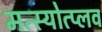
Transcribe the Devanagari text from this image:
मत्स्योत्प्लव